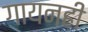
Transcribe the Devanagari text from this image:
गायनही